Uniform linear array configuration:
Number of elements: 4
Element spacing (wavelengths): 1
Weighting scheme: uniform
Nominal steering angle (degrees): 15
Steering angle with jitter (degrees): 14.457
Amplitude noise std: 0.05
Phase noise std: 0.05

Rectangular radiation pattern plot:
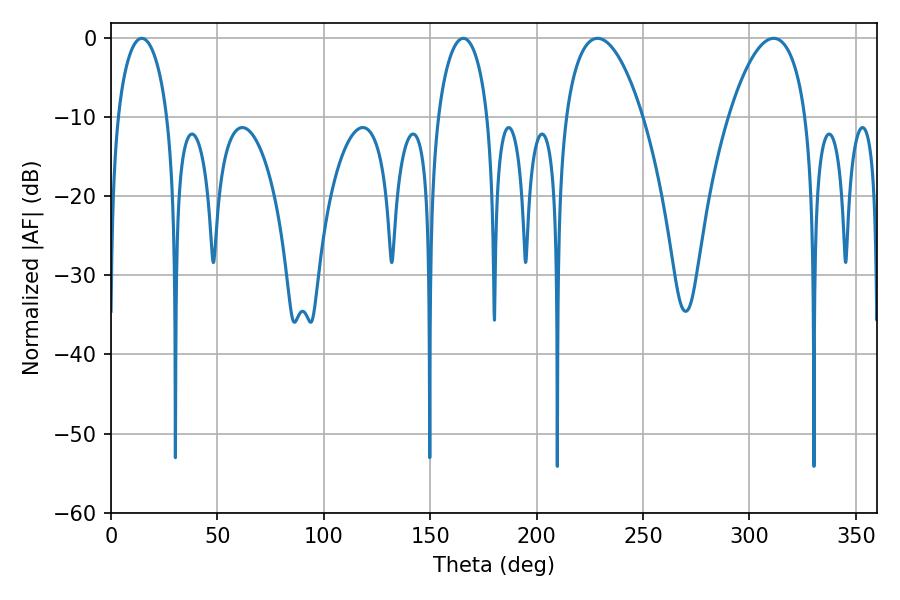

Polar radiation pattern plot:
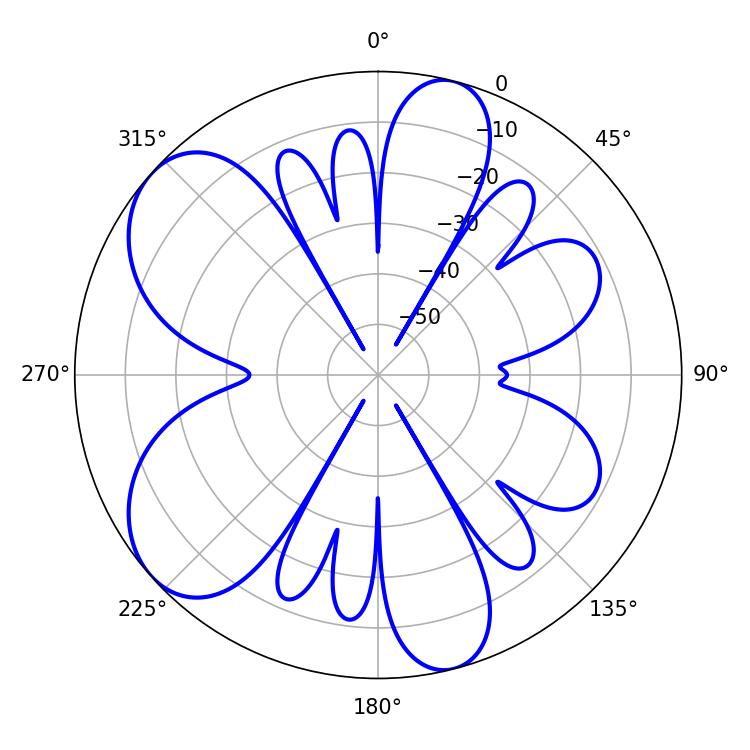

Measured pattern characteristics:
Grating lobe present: TRUE
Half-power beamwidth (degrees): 20.16
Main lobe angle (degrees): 228.6